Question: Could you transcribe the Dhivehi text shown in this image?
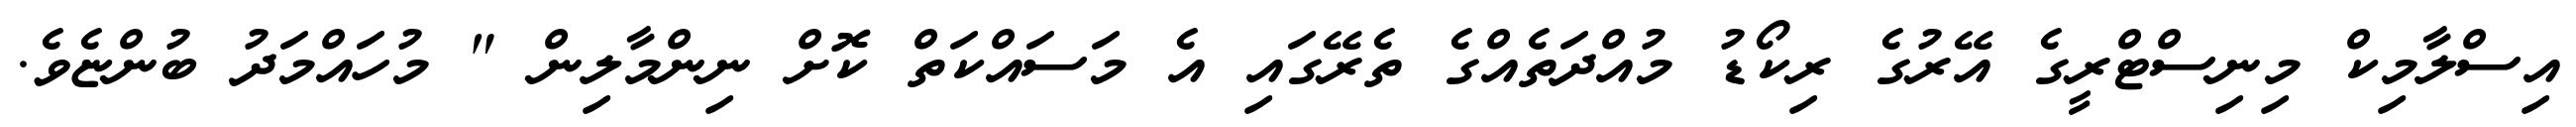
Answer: އިސްލާމިކް މިނިސްޓްރީގެ އޭރުގެ ރިކޯޑު މުއްދަތެއްގެ ތެރޭގައި އެ މަސައްކަތް ކޮށް ނިންމާލިން " މުހައްމަދު ބުންޏެވެ.